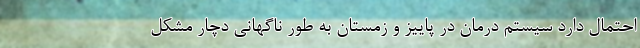
احتمال دارد سیستم درمان در پاییز و زمستان به طور ناگهانی دچار مشکل